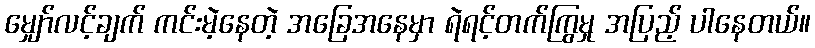
မျှော်လင့်ချက် ကင်းမဲ့နေတဲ့ အခြေအနေမှာ ရဲရင့်တက်ကြွမှု အပြည့် ပါနေတယ်။